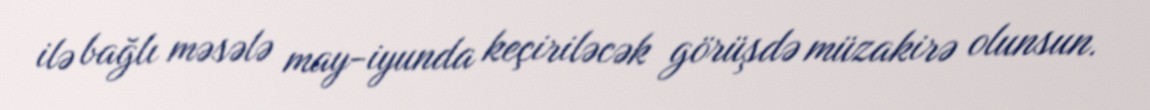
ilə bağlı məsələ may-iyunda keçiriləcək görüşdə müzakirə olunsun.